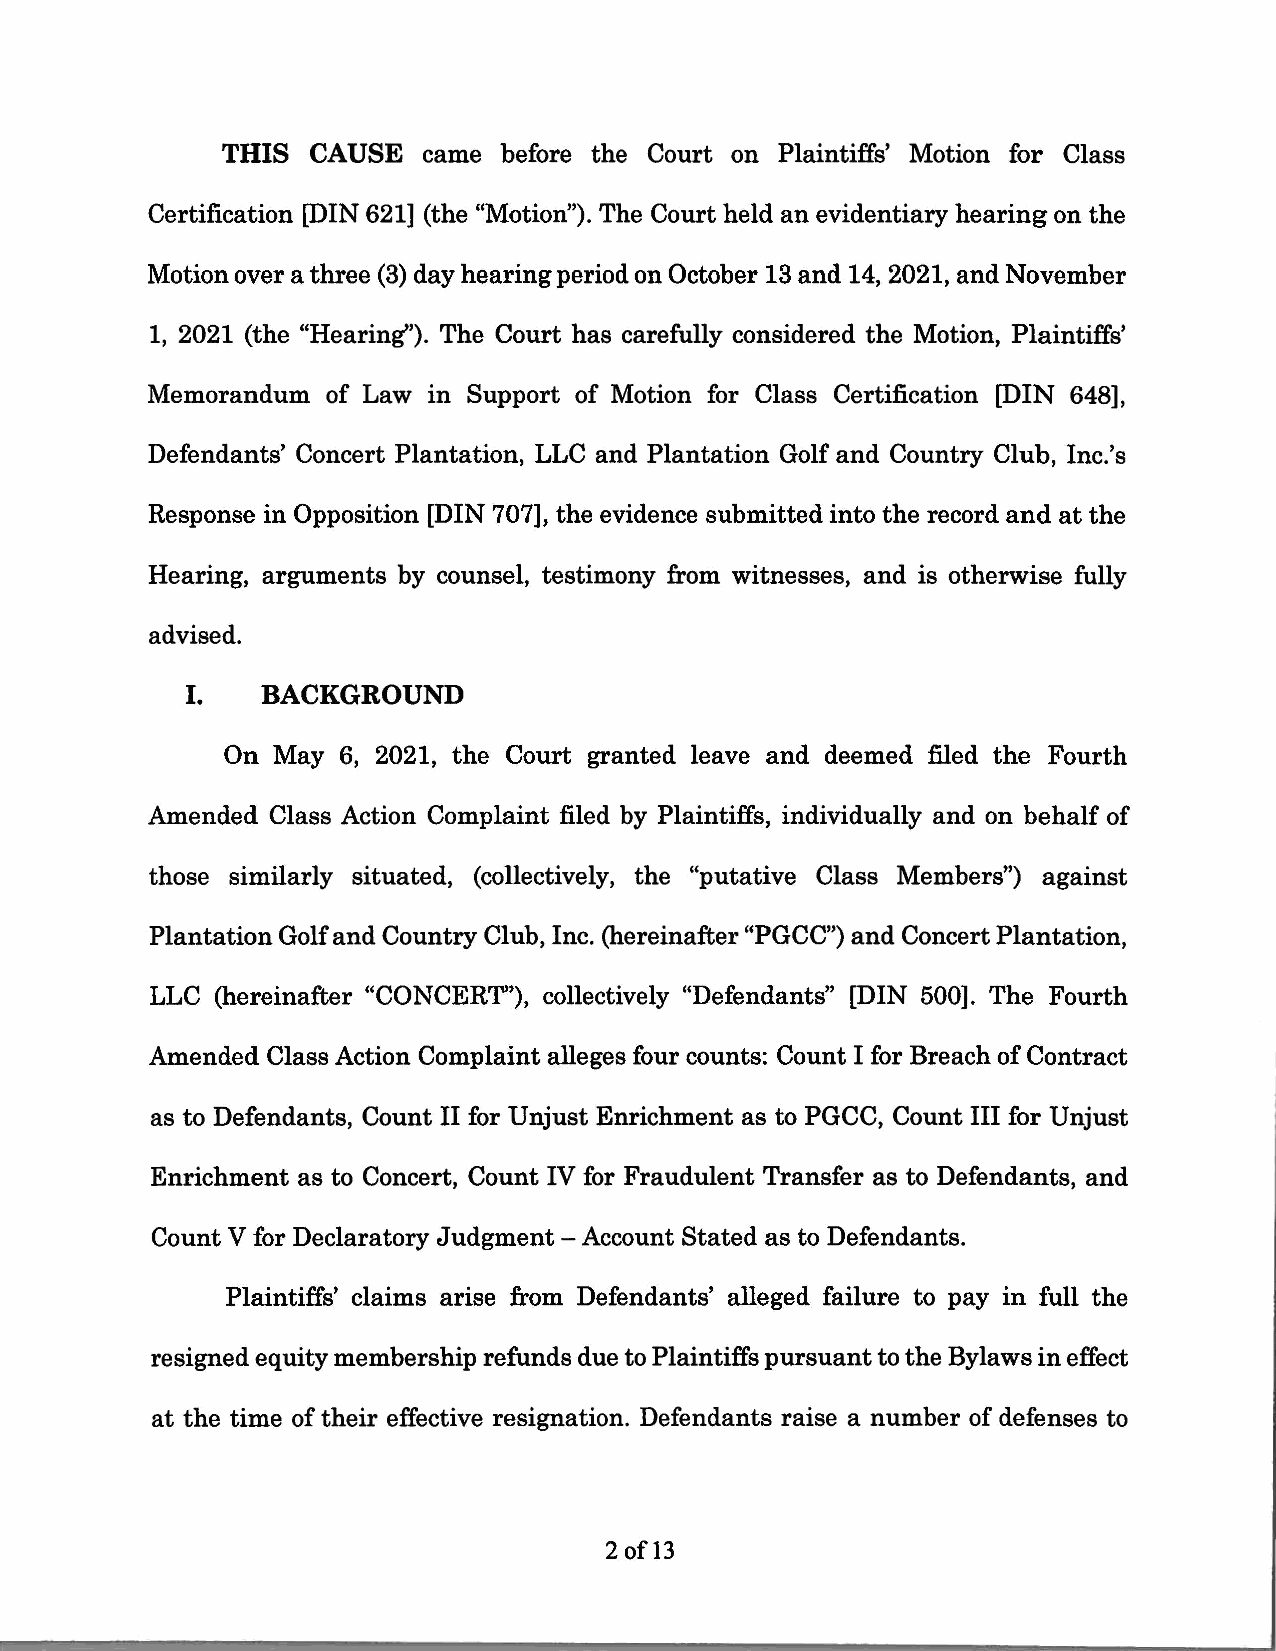
THIS  CAUSE  came before the Court on Plaintiffs' Motion for Class
 Certification [DIN 621] (the "Motion"). The Court held an evidentiary hearing on the
 Motion over a three (3) day hearing period on October 13 and 14, 2021, and November
 1, 2021 (the "Hearing''). The Court has carefully considered the Motion, Plaintiffs'
 Memorandum  of Law in Support of Motion for Class Certification [DIN 648],
 Defendants' Concert Plantation, LLC and Plantation Golf and Country Club, Inc.'s
 Response in Opposition [DIN 707], the evidence submitted into the record and at the
 Hearing, arguments by counsel, testimony from witnesses, and is otherwise fully
 advised.
 I.   BACKGROUND
 On May  6, 2021, the Court granted leave and deemed filed the Fourth
 Amended Class Action Complaint filed by Plaintiffs, individually and on behalf of
 those similarly situated, (collectively, the "putative Class Members") against
 Plantation Golf and Country Club, Inc. (hereinafter "PGCC") and Concert Plantation,
 LLC (hereinafter "CONCERT"), collectively "Defendants" [DIN 500]. The Fourth
 Amended Class Action Complaint alleges four counts: Count I for Breach of Contract
 as to Defendants, Count II for Unjust Enrichment as to PGCC, Count III for Unjust
 Enrichment as to Concert, Count IV for Fraudulent Transfer as to Defendants, and
 Count V for Declaratory Judgment -Account Stated as to Defendants.
 Plaintiffs' claims arise from Defendants' alleged failure to pay in full the
 resigned equity membership refunds due to Plaintiffs pursuant to the Bylaws in effect
 at the time of their effective resignation. Defendants raise a number of defenses to
 2ofl3